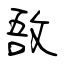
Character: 敔